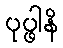
ပုပ္ဖါနိ